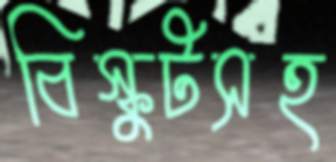
বিস্কুটসহ